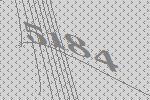
5184